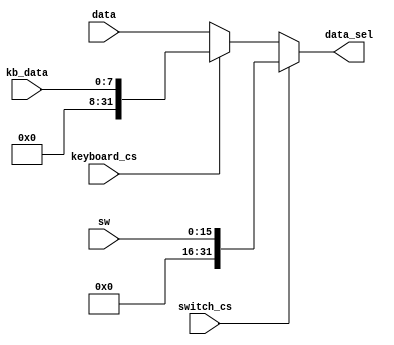
`timescale 1ns / 1ps
//////////////////////////////////////////////////////////////////////////////////
// Company: 
// Engineer: 
// 
// Design Name: 
// Module Name:    sw_mem_sel 
// Project Name: 
// Target Devices: 
// Tool versions: 
// Description: 
//
// Dependencies: 
//
// Revision: 
// Revision 0.01 - File Created
// Additional Comments: 
//
//////////////////////////////////////////////////////////////////////////////////
module sw_mem_sel(
     input switch_cs,
     input keyboard_cs,
	 input [15:0] sw,
	 input [7:0] kb_data,
	 input [31:0] data,
	 output [31:0] data_sel
    );

    assign data_sel = (switch_cs) ? {16'b0, sw[15:0]} :
                     (keyboard_cs)? {24'b0, kb_data}: data;
endmodule